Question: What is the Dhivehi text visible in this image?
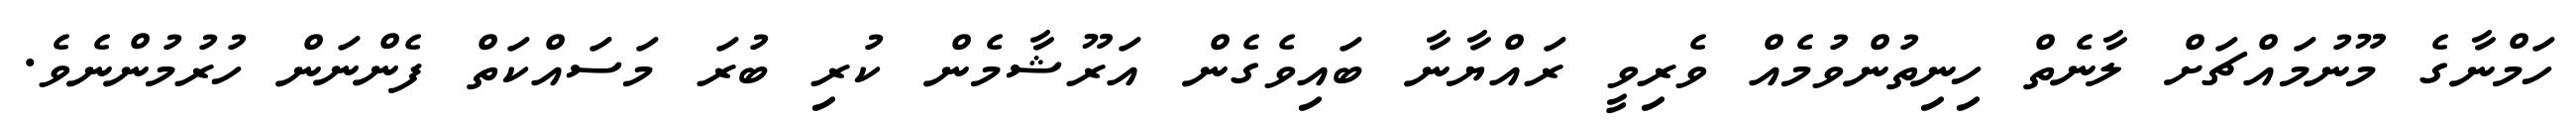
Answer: ހަމްނާގެ މޫނުމައްޗަށް ލާނެތް ހިނިތުންވުމެއް ވެރިވީ ރައްޔާނާ ބައިވެގެން އަރޫޝާމެން ކުރި ބުރަ މަސައްކަތް ފެންނަން ހުރުމުންނެވެ.